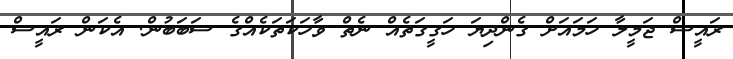
ރައީސް ޖަމީލާ ހަމައަށް ގެންދިޔަ ހަގީގަތެއް ނެތް ވާހަކަތަކެއްގެ ސަބަބުން. އެކަން ރައީސް